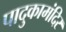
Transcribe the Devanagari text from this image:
पादुकामंदिर